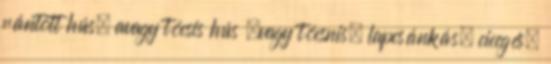
rántott hús, avagy tócsis hús .vagy tócsnis, lapcsánkás, cicegés,